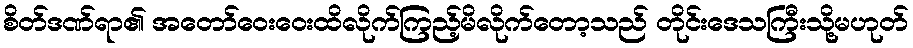
စိတ်ဒဏ်ရာ၏ အတော်ဝေးဝေးထိလိုက်ကြည့်မိလိုက်တော့သည် တိုင်းဒေသကြီးသို့မဟုတ်